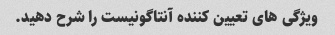
ویژگی های تعیین کننده آنتاگونیست را شرح دهید.